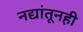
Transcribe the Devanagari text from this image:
नद्यांतूनही